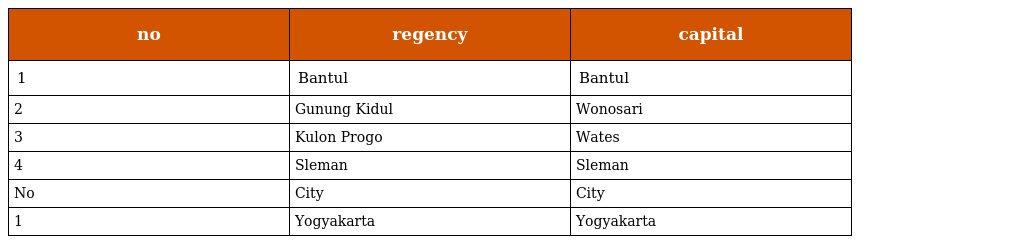
| no | regency | capital |
 | --- | --- | --- |
 | 1 | Bantul | Bantul |
 | 2 | Gunung Kidul | Wonosari |
 | 3 | Kulon Progo | Wates |
 | 4 | Sleman | Sleman |
 | No | City | City |
 | 1 | Yogyakarta | Yogyakarta |